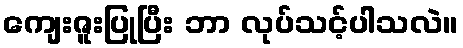
ကျေးဇူးပြုပြီး ဘာ လုပ်သင့်ပါသလဲ။